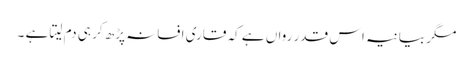
مگر بیانیہ اس قدر رواں ہے کہ قاری افسانہ پڑھ کر ہی دم لیتا ہے ۔